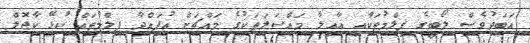
އަބަދުވެސް ލޯބީގެ ފިލްމުތަކާއި އާއިލާ މައްސަލަތަކުގެ މައްޗަށް އުފައްދާ ފިލްމުތައް ކުޅޭ ކާޖޮލް